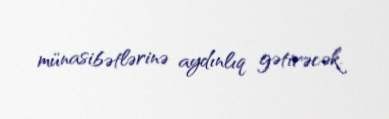
münasibətlərinə aydınlıq gətirəcək.